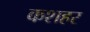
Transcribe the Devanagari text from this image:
कशहर